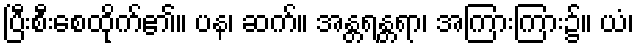
ပြီးစီးစေထိုက်၏။ ပန၊ ဆက်။ အန္တရန္တရာ၊ အကြားကြား၌။ ယံ၊